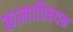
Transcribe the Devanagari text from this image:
कामाविषयक